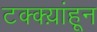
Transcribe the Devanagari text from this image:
टक्क्य़ांहून